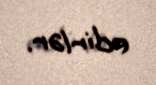
edirlər.